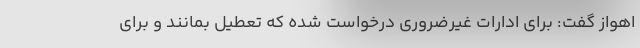
اهواز گفت: برای ادارات غیرضروری درخواست شده که تعطیل بمانند و برای